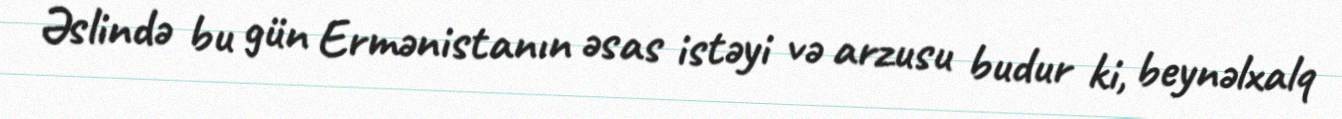
Əslində bu gün Ermənistanın əsas istəyi və arzusu budur ki, beynəlxalq